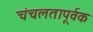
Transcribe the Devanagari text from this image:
चंचलतापूर्वक